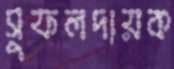
সুফলদায়ক